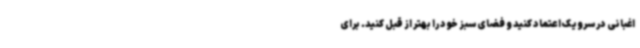
اغبانی در سرویک اعتماد کنید و فضای سبز خود را بهتر از قبل کنید. برای